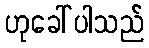
ဟုခေါ်ပါသည်